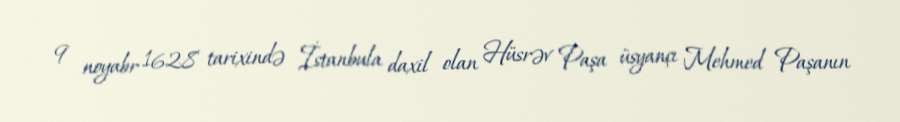
9 noyabr 1628 tarixində İstanbula daxil olan Hüsrəv Paşa üsyançı Mehmed Paşanın